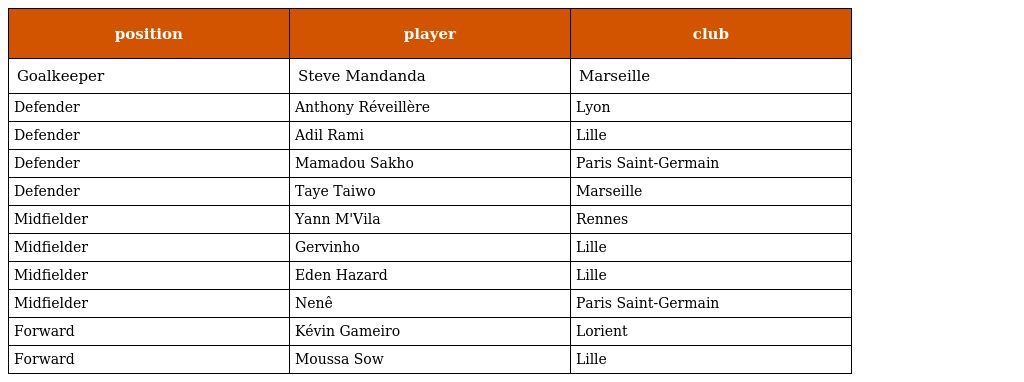
| position | player | club |
 | --- | --- | --- |
 | Goalkeeper | Steve Mandanda | Marseille |
 | Defender | Anthony Réveillère | Lyon |
 | Defender | Adil Rami | Lille |
 | Defender | Mamadou Sakho | Paris Saint-Germain |
 | Defender | Taye Taiwo | Marseille |
 | Midfielder | Yann M'Vila | Rennes |
 | Midfielder | Gervinho | Lille |
 | Midfielder | Eden Hazard | Lille |
 | Midfielder | Nenê | Paris Saint-Germain |
 | Forward | Kévin Gameiro | Lorient |
 | Forward | Moussa Sow | Lille |